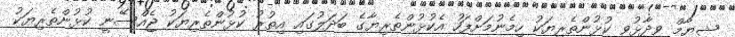
ޝިޔާމް ވިދާޅުވީ ކުޅުންތެރިޔަކު ހިމެނުމަށްފަހު އެކުޅުންތެރިޔާގެ ބަދަލުގައި އިތުރު ކުޅުންތެރިޔަކު ޖެއްސޭނީ ކުޅުންތެރިޔަކު